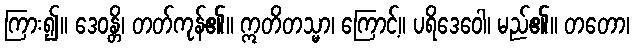
ကြား၍။ ဒေဝန္တိ၊ တတ်ကုန်၏။ ဣတိတသ္မာ၊ ကြောင့်။ ပရိဒေဝေါ၊ မည်၏။ တတော၊